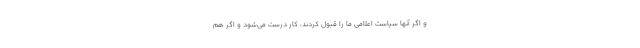
و اگر آنها سیاست اعلامی ما را قبول کردند، کار درست می‌شود و اگر هم